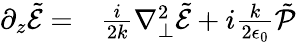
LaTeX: \begin{array}{rl}{\partial_{z}\tilde{\mathcal{E}}=}&{{}\frac{i}{2k}\nabla_{\perp}^{2}\tilde{\mathcal{E}}+i\frac{k}{2\epsilon_{0}}\tilde{\mathcal{P}}}\end{array}